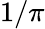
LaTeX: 1/\pi